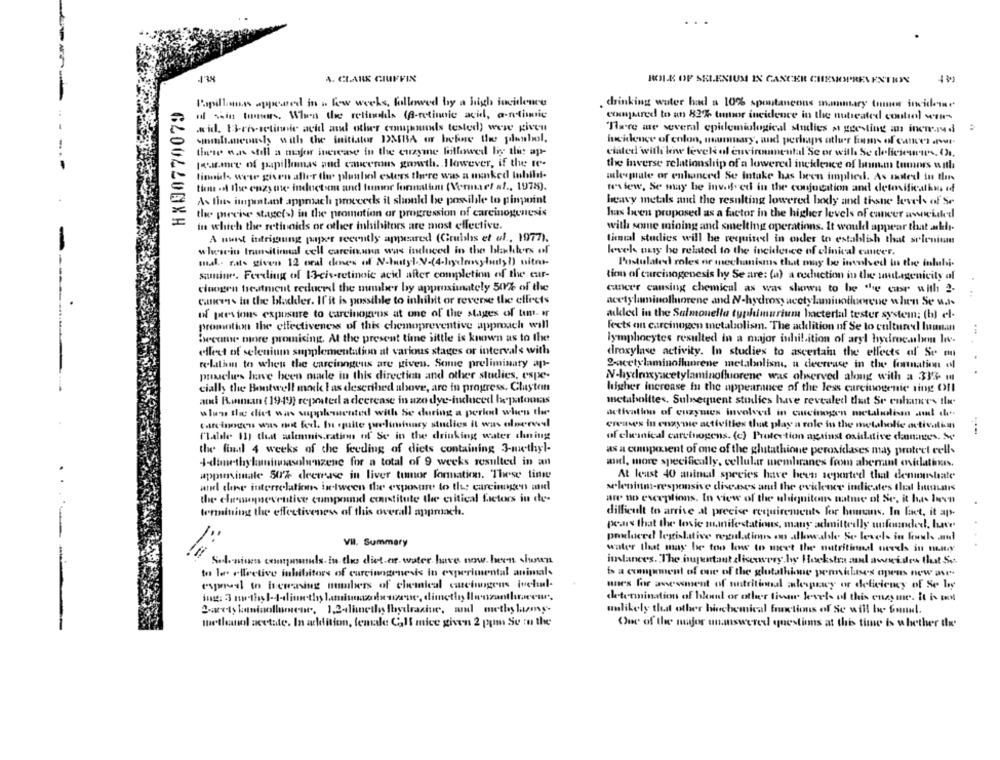
A. CLARK GIUFFIN
ROLE OF SELENIUM IN CANCER CHEMOPREN ENTRYY
HX00770079
Papillons appeared in . low weeks, followed by a high incidence
drinking water had a 10% spontaneous mammary Immer incidem
ul siin tomars, When the retimells (A-retinnic acid, a-ntimie
compared to un 82% tutor incidence in the nutreated control vous
.wid. 13-ris-setinnic acid and other compounds tested) were given
There are several epidemiological studies a geesting an inemred
smelt.meously with the initiator DMBA or behne the plenbol,
Incidence of colon, mummary, and perhaps atl'r Eims of ounces art.
these was still a majer increase in the enzyme followed by the ap-
ciated with low levels of environmental Se or with Se delicjoueurs. 02.
Jour.more of papillomas and cancerous growth. However, if the te-
the inverse relationship of a lowered ineklence of lamm tumors with
timeils were given after the plushell esters there was a masked lubili-
alpate or enhanced Se intake has been implied. As moted in this
tiens .of the enzy me inductsem and tumor formalhm (Vermaet al ., 1978).
we's few, Se may be inve. ed in the conjuction and detoxificathus if
As lius impuntaant approach proceeds it should be possibile to pinpoint
heavy metals and the resulting lowered body and thsne levels of Se
tle. precise stage(s) in the promotion ar progression of carcinogenesis
has been proposed as a factor in the higher levels of cancer awwwchahed
in which the retinoids or other inhibitors are most effective.
with senne mining and smelting operations. It would appear that aklı-
A nuist intrigaung paper recently appeared (Grubbs et al ., 1977).
linial studies will be required in order to establish that selenium
wlwsin transitiemal cell carcin,una was induced in the blahbors of
levek nuty be related to the incidence of clinical cancer.
mal- rats given 12 oral denes of N-butyl.V.(4-hydensylady!) nitmu-
Postulated roles or mechanismus that may be involved in the inlubi-
samine. Feeding of 13-cis-retinoic acid after completion of the cur-
tion of carcinogenesis hy Se are: (a) a reduction in the undtagenicity of
clnegen treatment reduced the muuber by approximately 50% of the
cancer causing chemicul as was shown to be the case with 2.
GuRes In the bladder. Il'it is possible to inhibit or revene the effects
acetylaminollorene and N-hydroxy acetylamiutluerene when Se was
of previous exposure to carcinogens at one of the stages of tim. ir
added in the Salmonella typhimurium bacterial tester system; (b) el-
promotion the effectiveness of this chemopreventive approach will
Tects an carcinogen metabolism. The addition of Se to cultured luunan
became more promising. At the present time little is known as to the
lymphocytes resulted in a major inhi! ition of aryl hydrocarbon love-
effect of selenium supplementation at various stages or intervals with
droxylase activity. In studies to ascertain the effects of Se on
re-latim to when the carcinogens are given. Some preliminary aps-
2-acetylaminofluorene metabolism, a decrease in the formation al
. .
puxache's lawve been made in this direction and other studies, espe-
N-hydroxyacetylaminofluorene was observed along with a 333- m
cially the Bentwell mack I as described above, are in progress. Clayton
higher increase fu the appearance of the less carcinogenic ting Off
and Rumman ( 1949) repeated a deercase in azo dye-induced hepatomas
metabolites. Sulnequent studies have revealed dat Sr enhances the
wlww the chiet was supphanented with Se during a period when the
activation of enzymes involved in carcinogen metalulism au de
carcinoden was not fed. In suite yeliminary studies il was olmerwel
ereises in enzyme activities that play a role in the metabole activatin
Malde Il) tlust wlemmis.ration of Se in the drinking water chning
of clinical carcinogens. (c) Protection against oxidative dannge's. S.
the final 4 weeks of the feeding of diets containing 3-methyl-
as a competent of one of the glutathione peroxidases may protect cells
4-dimethykunitwasolunzene for a total of 9 weeks resulted in an
wie, more specifically, cellular membranes from aberrant ovitlatinas.
appanimale 50% deerrase in liver tumor formation. These time
At least 40 animal species have been reported that denumustate
and cheese interrelations between the exposure to the carcinngen med
selenium-responsive diseases and the evidence indicates that bununis
the classeventive compound constitute the critical factors in de-
are no exceptions, In view of the ubiquitous natme of Se, it has been
termining the effectiveness of this overall approach.
difficult to arrive at precise requirements for humans. In fact, it ap.
pears that the lovie manifestations, many admittedly unfounded, luce
VII. Summary
water that may be too lowws to meet the nutritional nevels in nity
Selonisness conpuls-in the diet.e. water have now. hevn shown
inslances. The hugentant discovery hy Hoekstra and away des that Se.
-
to ler oltretive inhibitors of carcinogenesis In experimental animals
b a comment of one of the glutathime penisbises opens new ave-
espero to beussing numbers of chemical cachingen schul-
unes for assessment of nutritional alesprawcy or deficiency of Se ley
determination of blandt or other livar levels of this enzy mes. It is tes
2.arets kaninollumene, 1,2-dimethy Ihydrazine, and methy lasms-
unlikely that other biochemical functions of Se will be found.
methanol acetate. In addition, female Call mice given 2 ppm Se In the
One of the major unanswered questions at this time is whether de